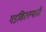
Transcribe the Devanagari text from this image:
गडकिल्ल्यांनी